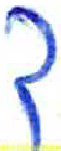
אות: ך